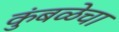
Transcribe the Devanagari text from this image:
कुंबळेचा